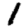
Digit: 1